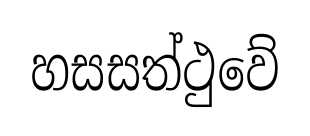
හසසත්ථුවේ